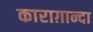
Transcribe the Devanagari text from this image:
काराग़ान्दा